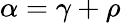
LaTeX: \alpha=\gamma+\rho